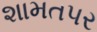
શામતપર